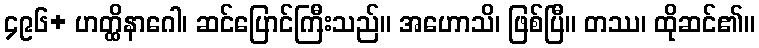
၄၉၆+ ဟတ္ထိနာဂေါ၊ ဆင်ပြောင်ကြီးသည်။ အဟောသိ၊ ဖြစ်ပြီ။ တဿ၊ ထိုဆင်၏။